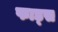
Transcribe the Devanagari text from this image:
फाड्स